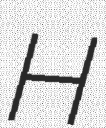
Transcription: H